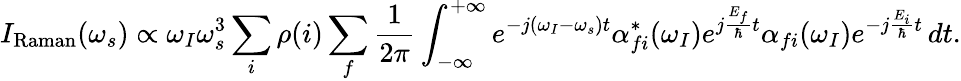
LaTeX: I_{\mathrm{Raman}}(\omega_{s})\propto\omega_{I}\omega_{s}^{3}\sum_{i}\rho(i)\sum_{f}\frac{1}{2\pi}\int_{-\infty}^{+\infty}e^{-j(\omega_{I}-\omega_{s})t}\alpha_{fi}^{*}(\omega_{I})e^{j\frac{E_{f}}{\hbar}t}\alpha_{fi}(\omega_{I})e^{-j\frac{E_{i}}{\hbar}t}\, dt.